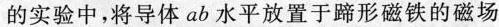
的实验中，将导体 ab 水平放置于蹄形磁铁的磁场